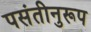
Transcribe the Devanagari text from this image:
पसंतीनुरूप